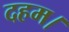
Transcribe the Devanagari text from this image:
दहम।